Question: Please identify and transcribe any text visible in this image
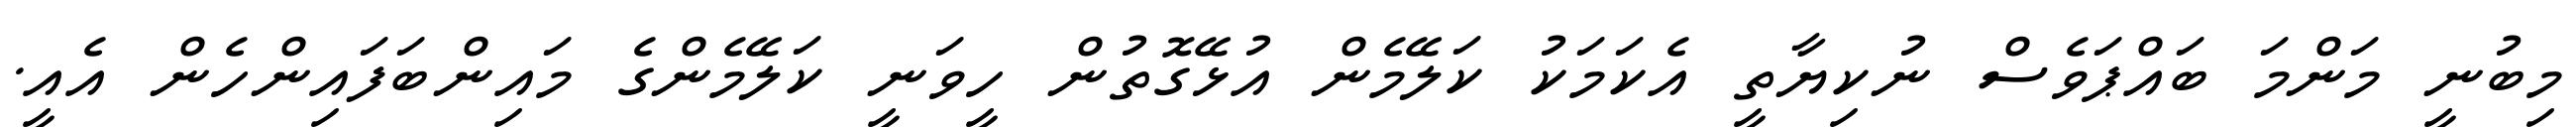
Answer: މިބުނީ މަންމަ ބައްޕަވެސް ނުކިޔާތީ އެކަމަކު ކަލޭމެން އުޅޭގޮތުން ހީވަނީ ކަލޭމެންގެ މައިންބަފައިންހެން އެއީ.